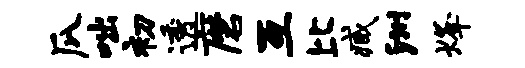
瓜咄初透磨互比臧洲烽